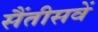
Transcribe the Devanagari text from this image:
सैंतीसवें